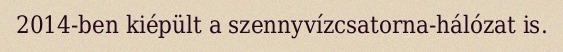
2014-ben kiépült a szennyvízcsatorna-hálózat is.